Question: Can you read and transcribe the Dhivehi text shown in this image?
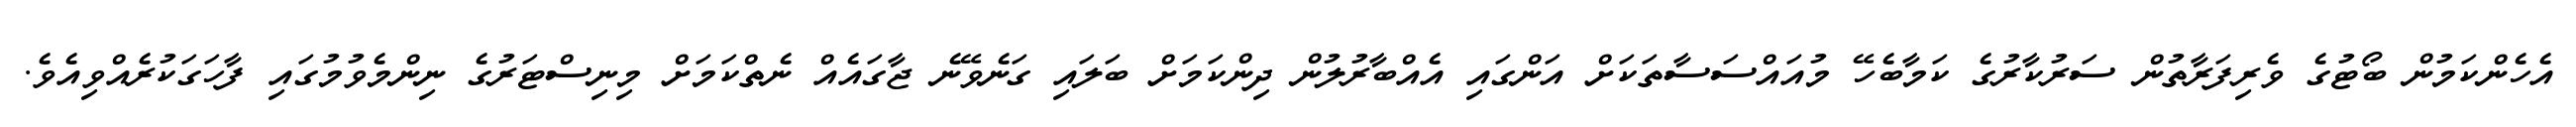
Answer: އެހެންކަމުން ބޯޓުގެ ވެރިފަރާތުން ސަރުކާރުގެ ކަމާބެހޭ މުއައްސަސާތަކަށް އަންގައި އެއްބާރުލުން ދިންކަމަށް ބަލައި ގަނެވޭނެ ޖާގައެއް ނެތްކަމަށް މިނިސްޓަރުގެ ނިންމެވުމުގައި ފާހަގަކުރެއްވިއެވެ.